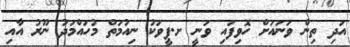
އަދި ތިން ވަނައަށް ހޮވިފައި ވަނީ ށ.ފީވަކު ނިއުމަތް މުހައްމަދު ނޫރު އާއި